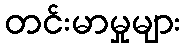
တင်းမာမှုများ